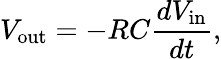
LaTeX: V_{\mathrm{out}}=-RC{\frac{dV_{\mathrm{in}}}{dt}},